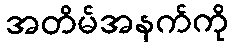
အတိမ်အနက်ကို